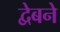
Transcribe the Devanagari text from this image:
द्वेबने